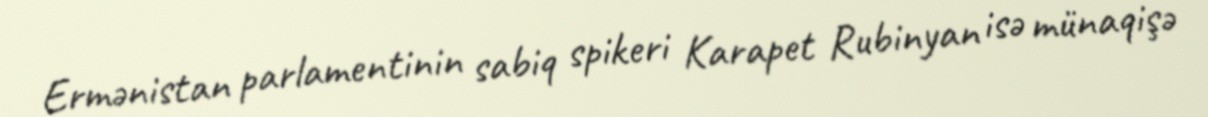
Ermənistan parlamentinin sabiq spikeri Karapet Rubinyan isə münaqişə